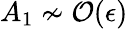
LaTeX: A_{1}\nsim{\cal O}(\epsilon)